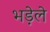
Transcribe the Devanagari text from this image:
भड़ेले